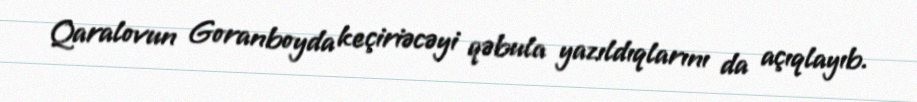
Qaralovun Goranboyda keçiriəcəyi qəbula yazıldıqlarını da açıqlayıb.